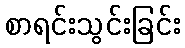
စာရင်းသွင်းခြင်း